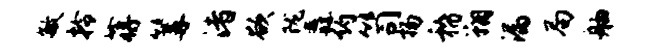
敏拎蒋篝渚欲陇纛约笥扬稽翔漏局舳